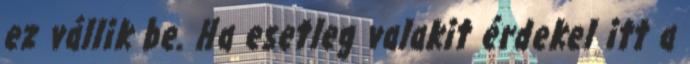
ez vállik be. Ha esetleg valakit érdekel itt a